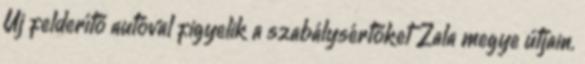
Új felderítő autóval figyelik a szabálysértőket Zala megye útjain.